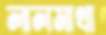
লালমাথা